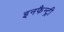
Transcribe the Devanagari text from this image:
इनफैन्ट्री